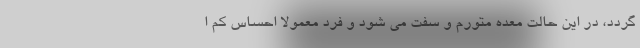
گردد، در این حالت معده متورم و سفت می شود و فرد معمولا احساس کم ا